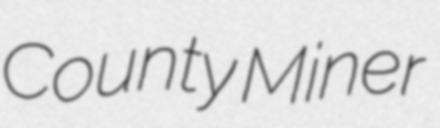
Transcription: County Miner